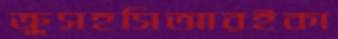
ক্রুসহসিআরইকা